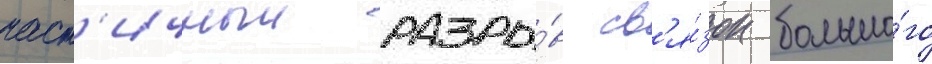
част'ичныи разры́в св'я́зок большо́го